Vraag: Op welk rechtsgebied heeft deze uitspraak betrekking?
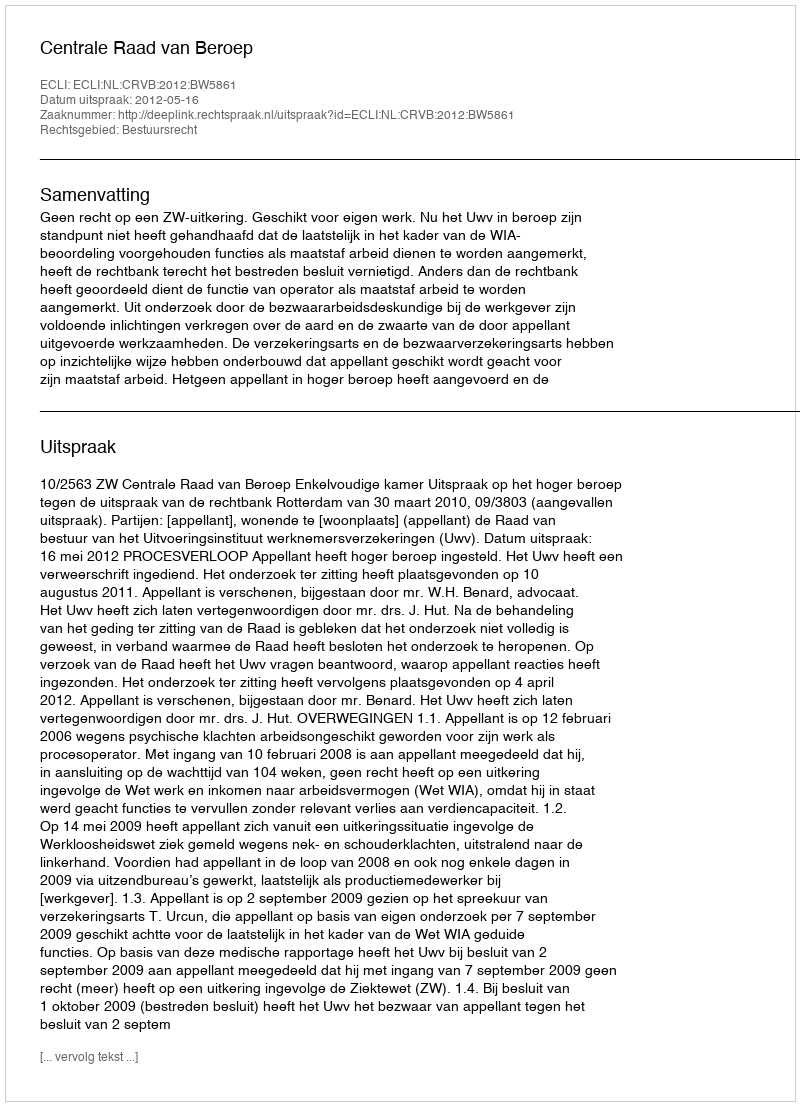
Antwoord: Bestuursrecht